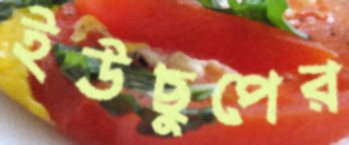
ইউছুপের